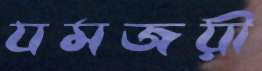
যমজয়ী